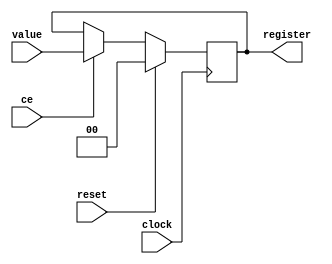
module Fwd(input clock,reset,ce,//changeEnable
			input [1:0] value,
			output reg [1:0] register);
	always @(posedge clock) begin 
		if(reset == 1'b 1)begin
		register <= 2'b00;
		end else begin
			if(ce == 1'b1)begin
				register <= value;
			end
		end
	end
endmodule